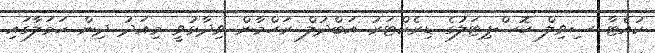
ކުއެޓާ ސިވިލް ހޮސްޕިޓަލުގެ ޑިރެކްޓަރު އަބްދުލް ރަހްމާން ވިދާޅުވީ މިއަދު ދިން ހަމަލާގައި